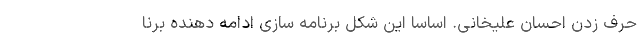
حرف زدن احسان علیخانی. اساسا این شکل برنامه سازی ادامه دهنده برنا